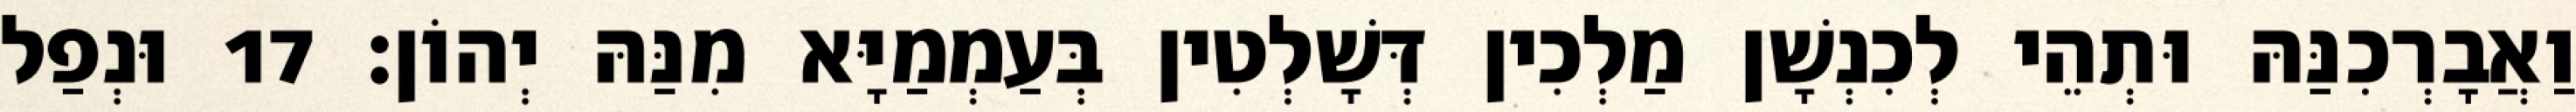
וַאֲבָרְכִנַּהּ וּתְהֵי לְכִנְשָׁן מַלְכִין דְּשָׁלְטִין בְּעַמְמַיָּא מִנַּהּ יְהוֹן׃ 17 וּנְפַל